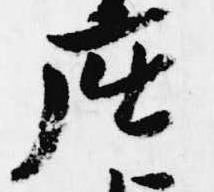
座